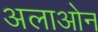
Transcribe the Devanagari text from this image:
अलाओन